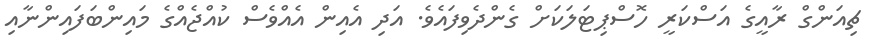
ޗިއަންގް ރާއީގެ އަސްކަރީ ހޮސްޕިޓަލަކަށް ގެންދެވިފައެވެ. އަދި އެއިން އެއްވެސް ކުއްޖެއްގެ މައިންބަފައިންނާއި